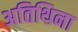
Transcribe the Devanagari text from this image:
अतिथिना